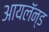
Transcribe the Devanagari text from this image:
आयलॅन्ड